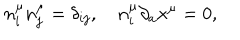
n _ { i } ^ { \mu } n _ { j } ^ { \mu } = \delta _ { i j } , \quad n _ { i } ^ { \mu } \partial _ { a } x ^ { \mu } = 0 ,